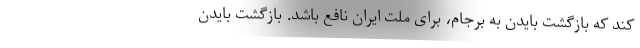
کند که بازگشت بایدن به برجام، برای ملت ایران نافع باشد. بازگشت بایدن